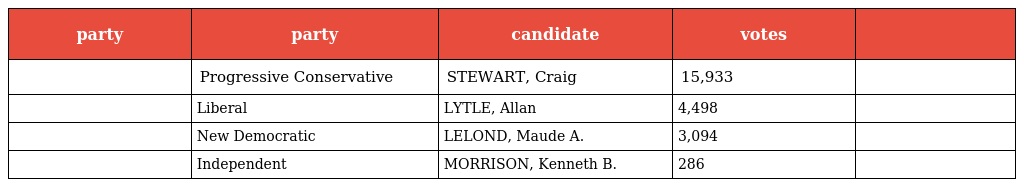
| party | party | candidate | votes |  |
 | --- | --- | --- | --- | --- |
 |  | Progressive Conservative | STEWART, Craig | 15,933 |  |
 |  | Liberal | LYTLE, Allan | 4,498 |  |
 |  | New Democratic | LELOND, Maude A. | 3,094 |  |
 |  | Independent | MORRISON, Kenneth B. | 286 |  |